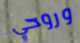
وروحي